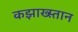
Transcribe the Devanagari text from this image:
कझाख्स्तान